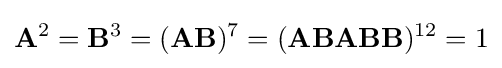
{\mathbf {A} }^{2}={\mathbf {B} }^{3}=({\mathbf {A} }{\mathbf {B} })^{7}=({\mathbf {A} }{\mathbf {B} }{\mathbf {A} }{\mathbf {B} }{\mathbf {B} })^{12}=1